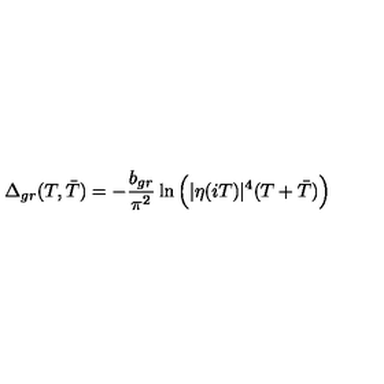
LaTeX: \Delta _ { g r } ( T , \bar { T } ) = - \frac { b _ { g r } } { \pi ^ { 2 } } \ln \Big ( | \eta ( i T ) | ^ { 4 } ( T + \bar { T } ) \Big )